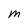
Character: M